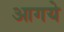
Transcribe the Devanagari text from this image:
आगये